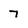
Character: 7